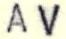
AV